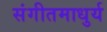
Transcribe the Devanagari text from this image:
संगीतमाधुर्य